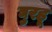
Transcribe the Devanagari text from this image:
घुरहू